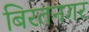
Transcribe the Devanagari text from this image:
बिरतनगर